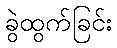
ခွဲထွက်ခြင်း